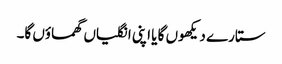
ستارے دیکھوں گا یا اپنی انگلیاں گھماؤں گا۔